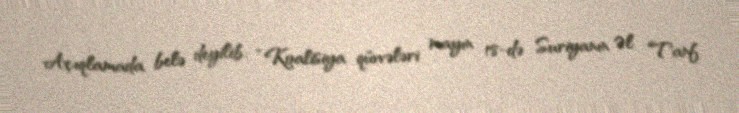
Açıqlamada belə deyilib: “Koalisiya qüvvələri mayın 18-də Suriyanın Əl Tanf